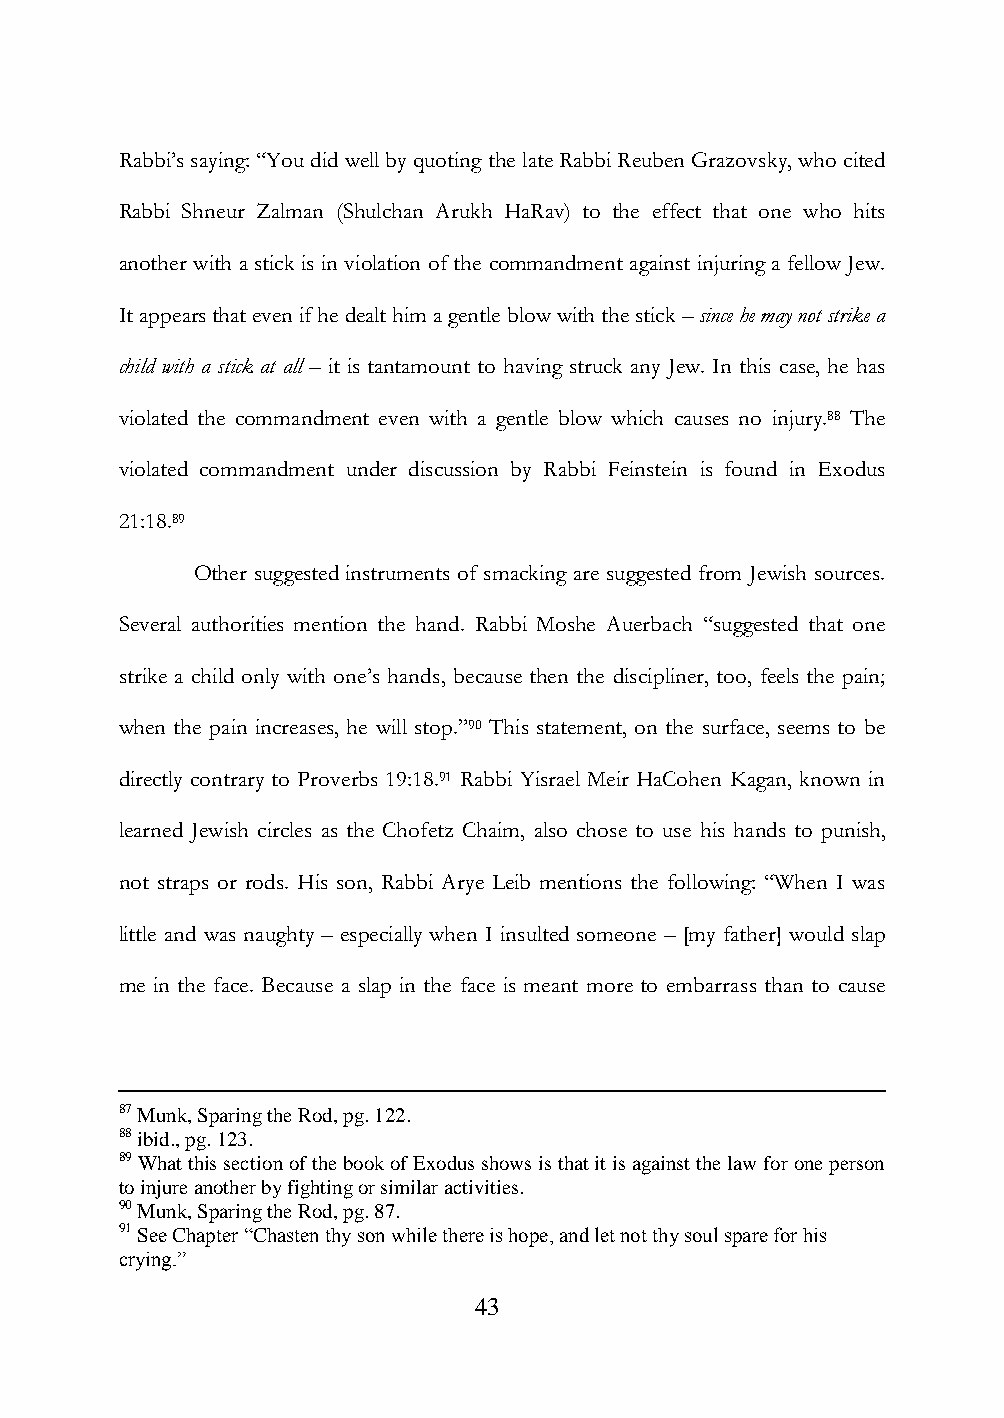
Rabbi‟s saying: “You did well by quoting the late Rabbi Reuben Grazovsky, who cited
 Rabbi Shneur Zalman (Shulchan Arukh HaRav) to the effect that one who hits
 another with a stick is in violation of the commandment against injuring a fellow Jew.
 It appears that even if he dealt him a gentle blow with the stick – since he may not strike a
 child with a stick at all – it is tantamount to having struck any Jew. In this case, he has
 violated the commandment even with a gentle blow which causes no injury.88 The
 violated commandment under discussion by Rabbi Feinstein is found in Exodus
 21:18.89
 Other suggested instruments of smacking are suggested from Jewish sources.
 Several authorities mention the hand. Rabbi Moshe Auerbach “suggested that one
 strike a child only with one‟s hands, because then the discipliner, too, feels the pain;
 when the pain increases, he will stop.”90 This statement, on the surface, seems to be
 directly contrary to Proverbs 19:18.91 Rabbi Yisrael Meir HaCohen Kagan, known in
 learned Jewish circles as the Chofetz Chaim, also chose to use his hands to punish,
 not straps or rods. His son, Rabbi Arye Leib mentions the following: “When I was
 little and was naughty – especially when I insulted someone – [my father] would slap
 me in the face. Because a slap in the face is meant more to embarrass than to cause
 87 Munk, Sparing the Rod, pg. 122.
 88 ibid., pg. 123.
 89 What this section of the book of Exodus shows is that it is against the law for one person
 to injure another by fighting or similar activities.
 90 Munk, Sparing the Rod, pg. 87.
 91 See Chapter “Chasten thy son while there is hope, and let not thy soul spare for his
 crying.”
 43